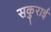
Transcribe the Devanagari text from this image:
सकुराई